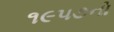
૧૯૫૭નો